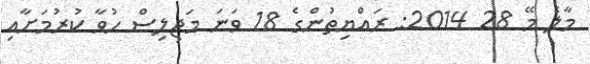
މާލެ މޭ 28 2014: ރައްޔިތުންގެ 18 ވަނަ މަޖިލިސް ހުވާ ކުރުމަށާއި